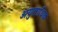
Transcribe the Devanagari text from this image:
अयुताधिक